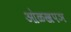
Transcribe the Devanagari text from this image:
ओळखपञ